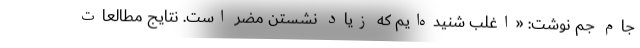
جام جم نوشت: «اغلب شنیده‌ایم که زیاد نشستن مضر است. نتایج مطالعات